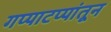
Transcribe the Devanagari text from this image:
गप्पाटप्पांतून